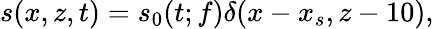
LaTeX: s(x,z,t)=s_{0}(t;f)\delta(x-x_{s},z-10),